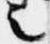
之